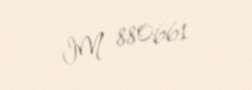
IM 880661